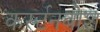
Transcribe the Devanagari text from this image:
कर्स्‍टनबोश